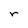
Character: r